Jarvakandi_vallavalitsus, lk 3
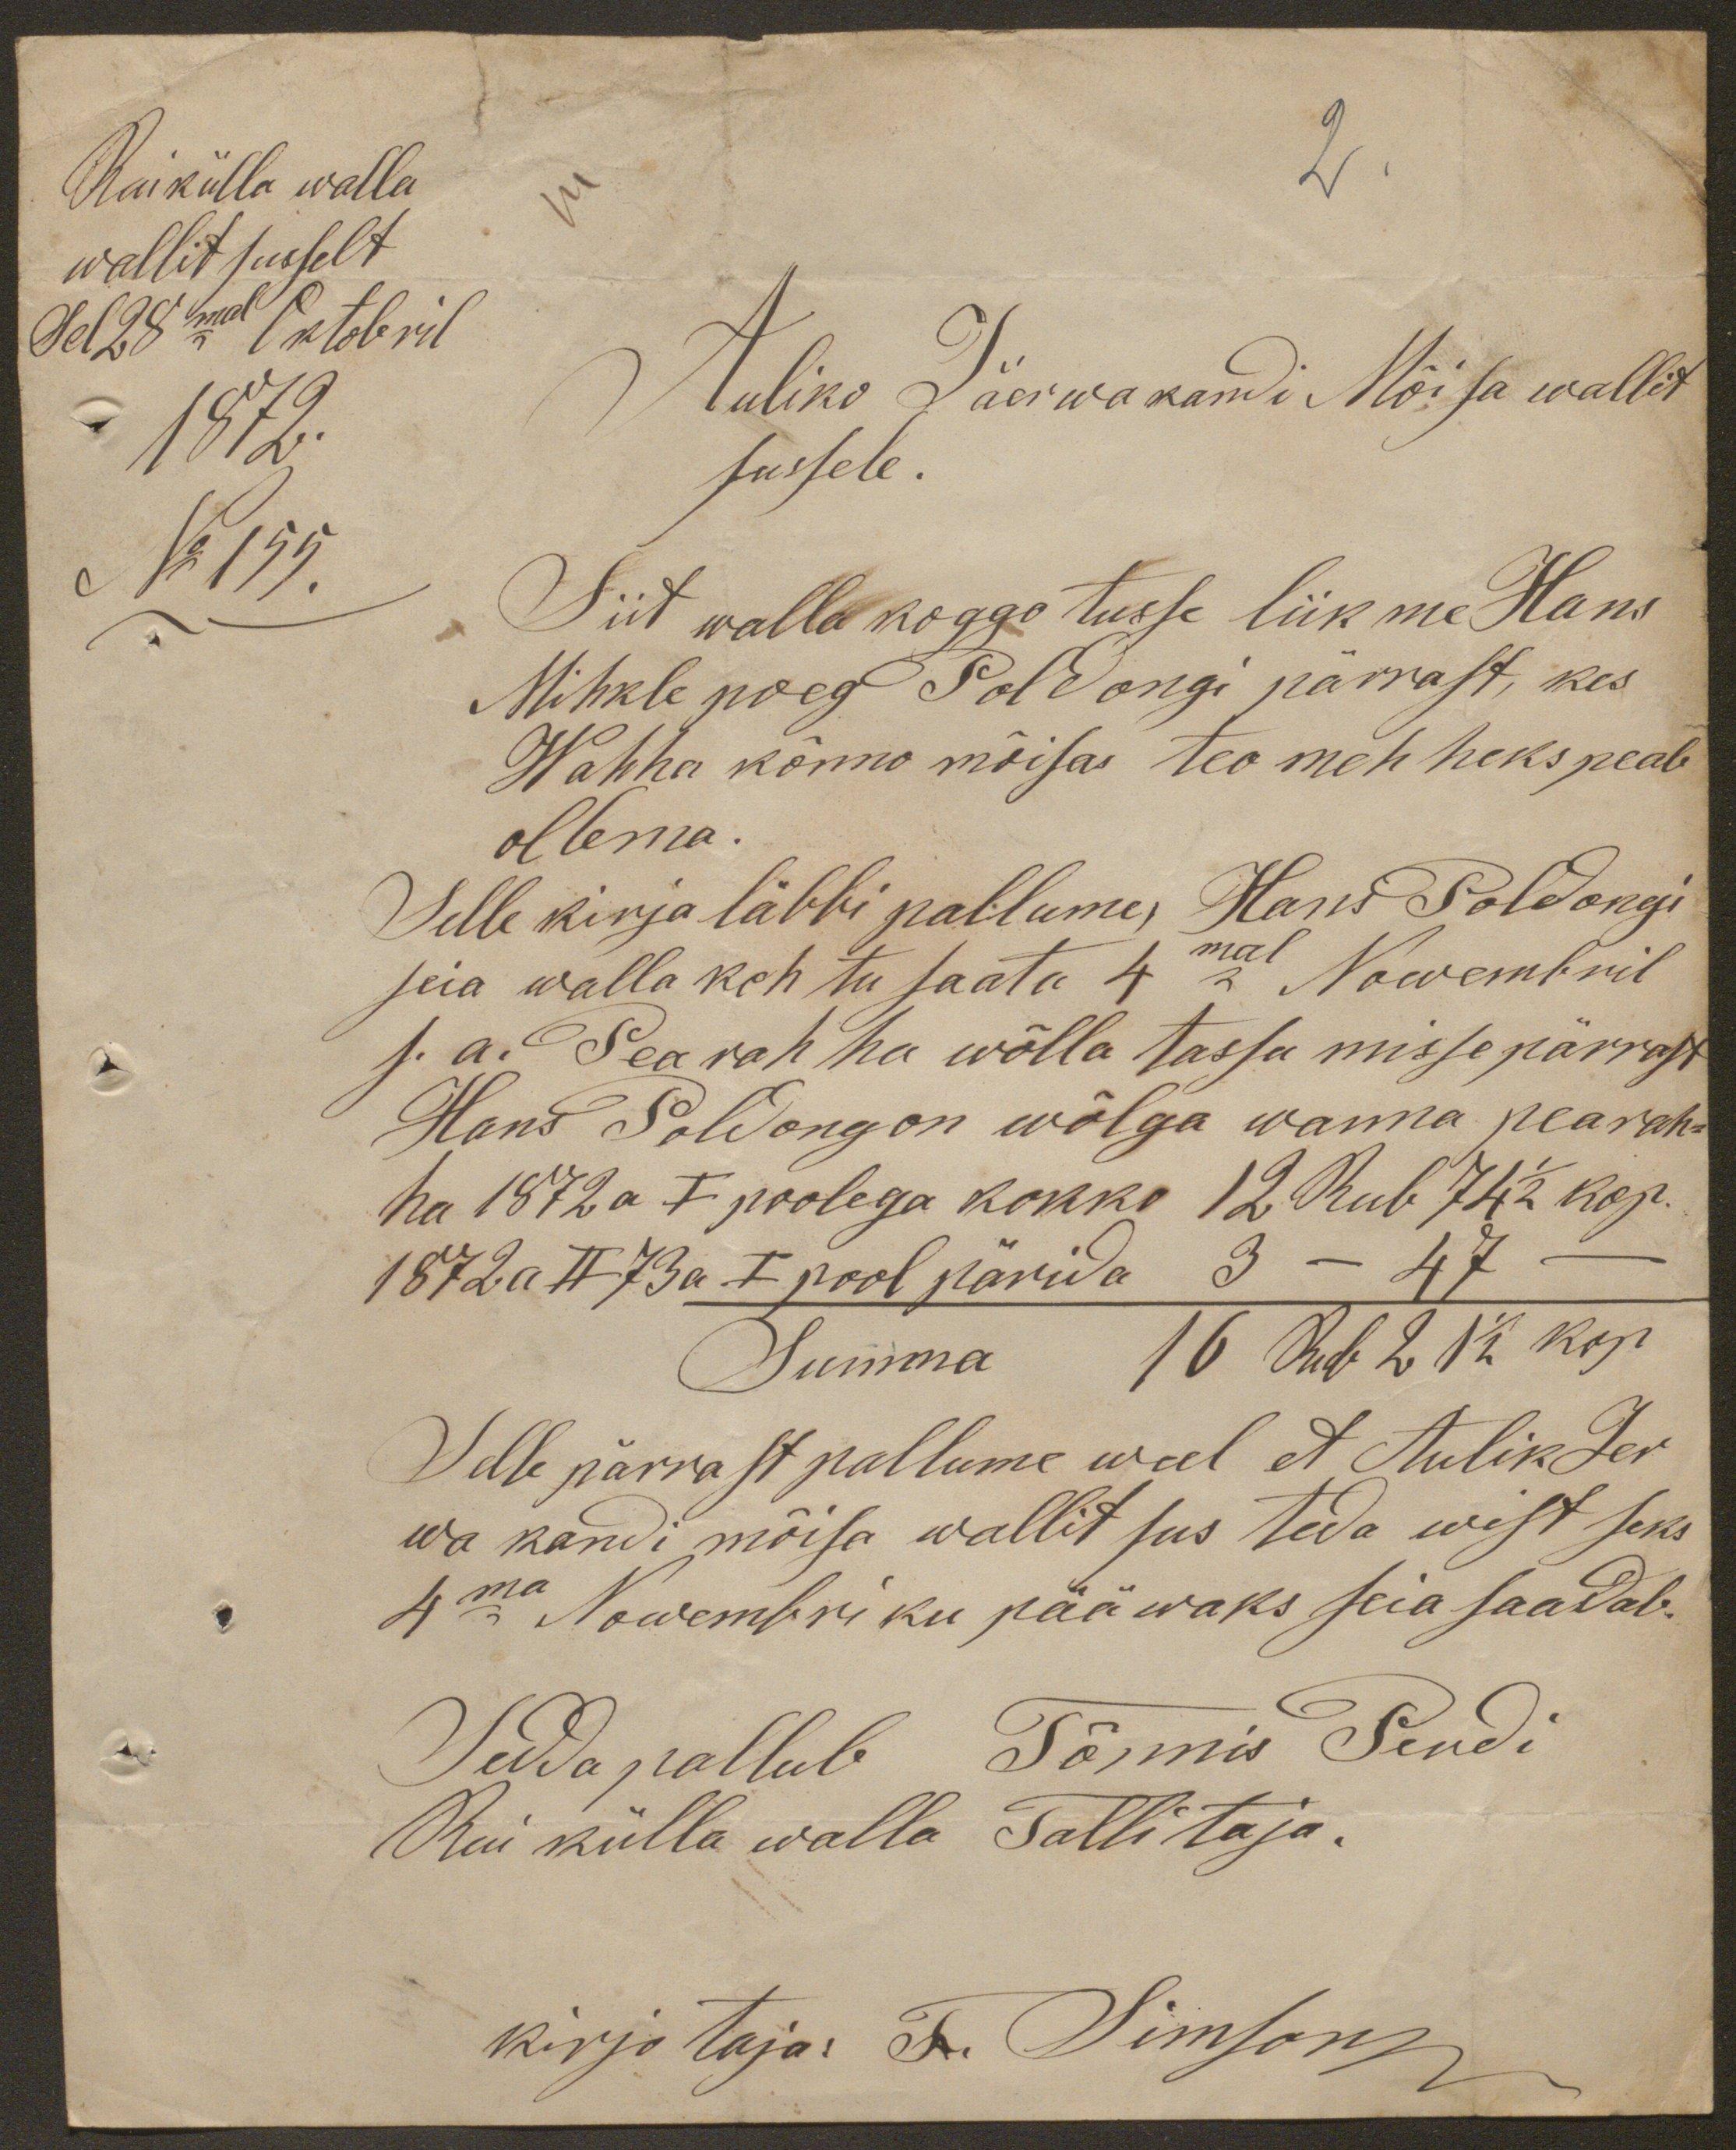
2.
Raikülla walla
wallitsusselt
Sel 28mal Oktobril
1872.
No 155.
Auliko Jäerwakandi Mõisa wallit
susele.
Siit walla koggotusse liikme Hans
Mihkle poeg Poldongi pärrast, kes
Wahha kõnno mõisas teo mehheks peab
ollema.
Selle kirja läbbi pallume, Hans Poldongi
seia walla kohtu saata 4mal Nowembril
s. a. Pearahha wõlla tassu misse pärrast
Hans Soldong on wõlga wanna pearah-
ha 1872 a I poolega kokko 12 Rub 74 1/2 kop.
1872 a II 73 a I pool pärida 3 - 47 -
Summa
16 Rub. 21 1/2 kop.
Selle pärrast pallume weel et Aulik Jer-
wa kandi mõisa wallitsus teda wist seks
4ma Nowembri ku pääwaks seia saadab.
Sedda pallub, Tõnnis Pendi
Kui külla walla Tallitaja.
kirjotaja. T. Simson